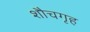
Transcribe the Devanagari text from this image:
शौचगृह